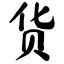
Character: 货